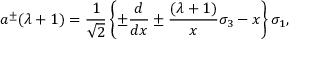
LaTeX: a ^ { \pm } ( \lambda + 1 ) = { \frac { 1 } { \sqrt { 2 } } } \left\{ \pm { \frac { d } { d x } } \pm { \frac { ( \lambda + 1 ) } { x } } \sigma _ { 3 } - x \right\} \sigma _ { 1 } ,